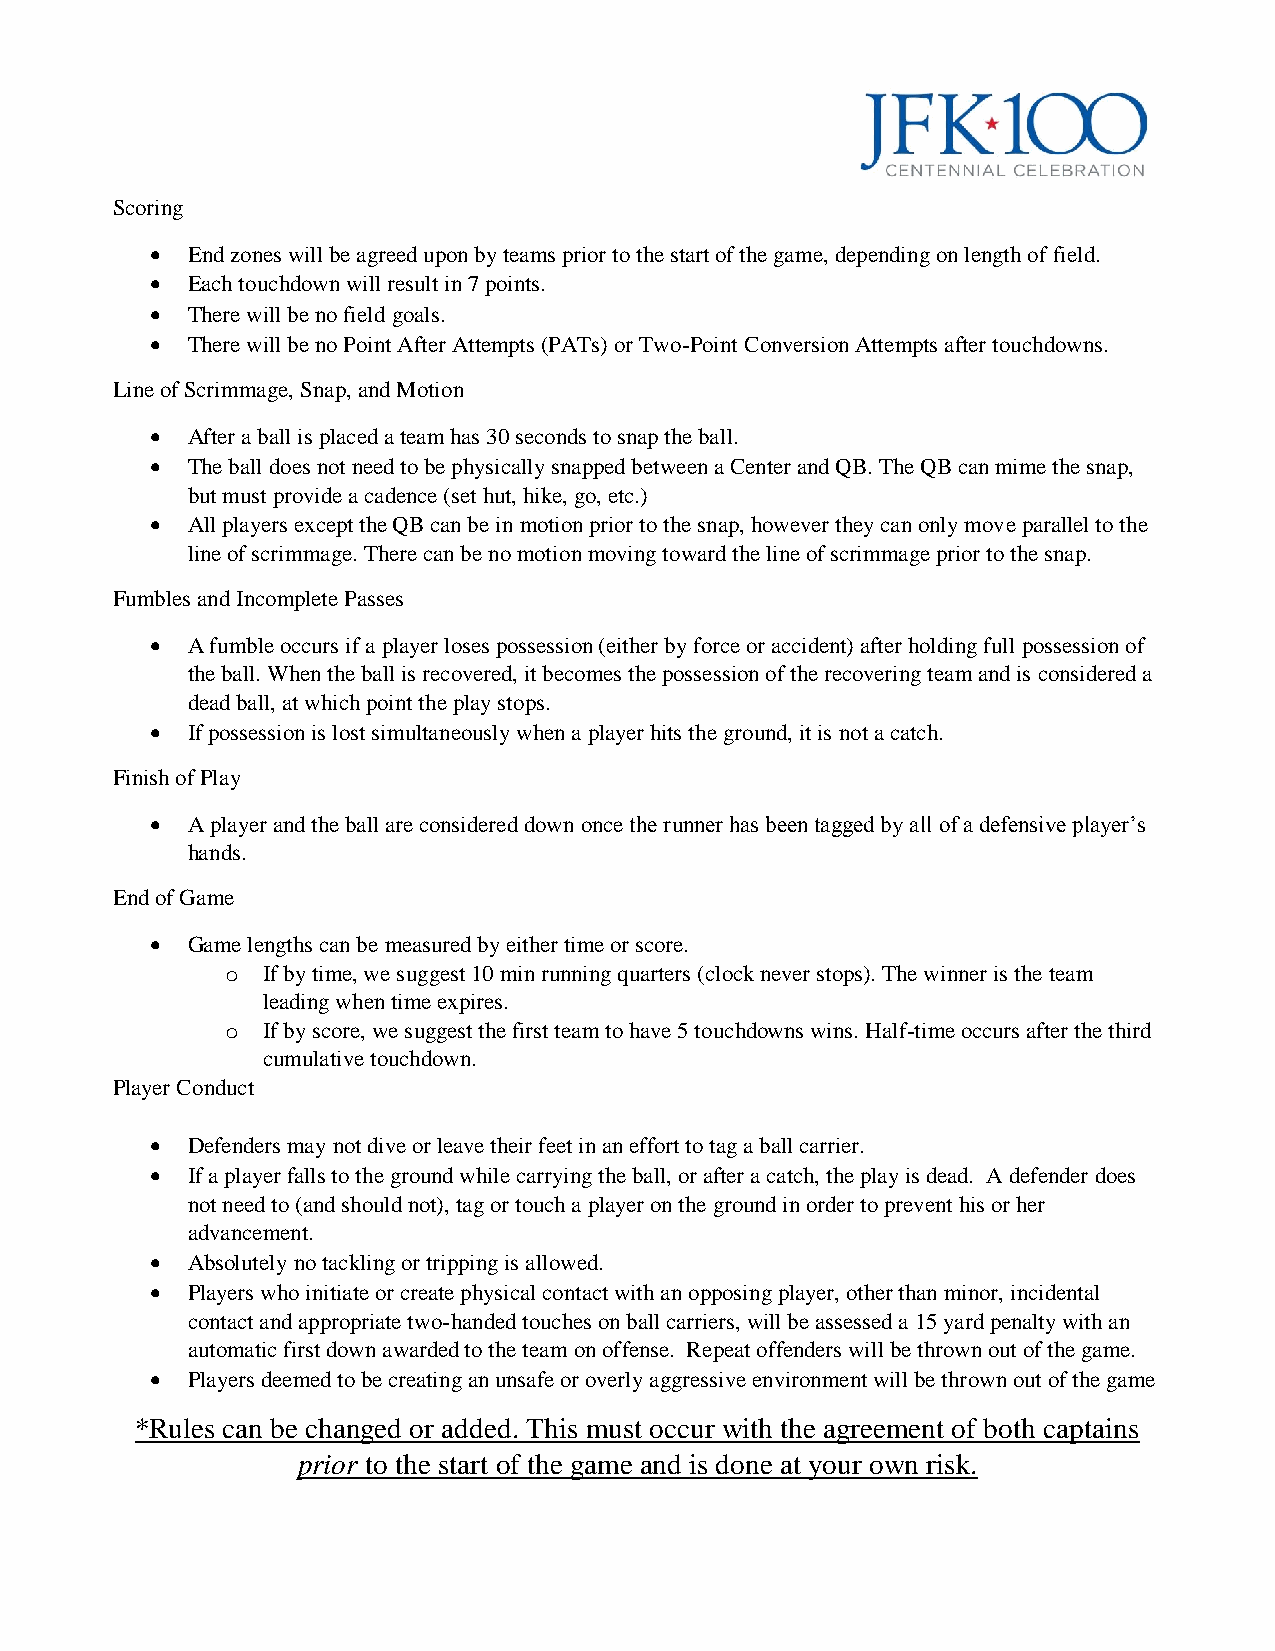
Scoring
 • End zones will be agreed upon by teams prior to the start of the game, depending on length of field.
 • Each touchdown will result in 7 points.
 • There will be no field goals.
 • There will be no Point After Attempts (PATs) or Two-Point Conversion Attempts after touchdowns.
 Line of Scrimmage, Snap, and Motion
 • After a ball is placed a team has 30 seconds to snap the ball.
 • The ball does not need to be physically snapped between a Center and QB. The QB can mime the snap,
 but must provide a cadence (set hut, hike, go, etc.)
 • All players except the QB can be in motion prior to the snap, however they can only move parallel to the
 line of scrimmage. There can be no motion moving toward the line of scrimmage prior to the snap.
 Fumbles and Incomplete Passes
 • A fumble occurs if a player loses possession (either by force or accident) after holding full possession of
 the ball. When the ball is recovered, it becomes the possession of the recovering team and is considered a
 dead ball, at which point the play stops.
 • If possession is lost simultaneously when a player hits the ground, it is not a catch.
 Finish of Play
 • A player and the ball are considered down once the runner has been tagged by all of a defensive player’s
 hands.
 End of Game
 • Game lengths can be measured by either time or score.
 o If by time, we suggest 10 min running quarters (clock never stops). The winner is the team
 leading when time expires.
 o If by score, we suggest the first team to have 5 touchdowns wins. Half-time occurs after the third
 cumulative touchdown.
 Player Conduct
 • Defenders may not dive or leave their feet in an effort to tag a ball carrier.
 • If a player falls to the ground while carrying the ball, or after a catch, the play is dead. A defender does
 not need to (and should not), tag or touch a player on the ground in order to prevent his or her
 advancement.
 • Absolutely no tackling or tripping is allowed.
 • Players who initiate or create physical contact with an opposing player, other than minor, incidental
 contact and appropriate two-handed touches on ball carriers, will be assessed a 15 yard penalty with an
 automatic first down awarded to the team on offense. Repeat offenders will be thrown out of the game.
 • Players deemed to be creating an unsafe or overly aggressive environment will be thrown out of the game
 *Rules can be changed or added. This must occur with the agreement of both captains
 prior to the start of the game and is done at your own risk.